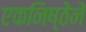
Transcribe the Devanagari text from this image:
एकनिष्ठेनें